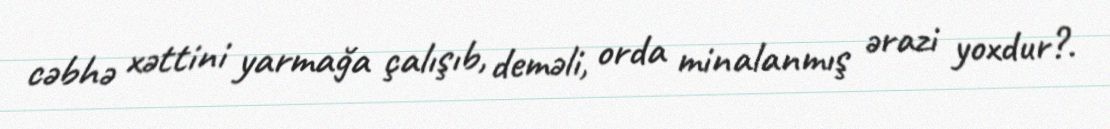
cəbhə xəttini yarmağa çalışıb, deməli, orda minalanmış ərazi yoxdur?.